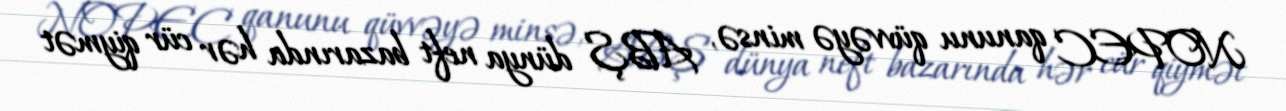
NOPEC qanunu qüvvəyə minsə, ABŞ dünya neft bazarında hər cür qiymət